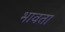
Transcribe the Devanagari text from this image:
भावता